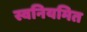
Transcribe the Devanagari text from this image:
स्वनियमित